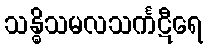
သန္ဓိသမလသင်္ကဋီရေ